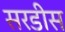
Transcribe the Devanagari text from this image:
सरडीस